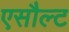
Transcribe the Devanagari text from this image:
एसौल्ट